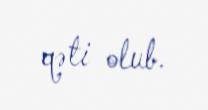
qəti olub.